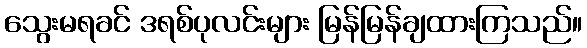
သွေးမရခင် ဒရစ်ပုလင်းများ မြန်မြန်ချထားကြသည်။